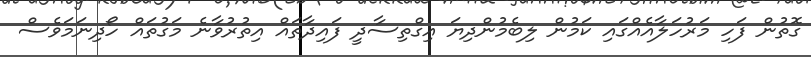
ގޮތުން ފަހި މަރުހަލާއެއްގައި ކަމުން ލިބެމުންދިޔަ އިގްތިސާދީ ފައިދާތައް އިތުރުވާނެ މަގުތައް ހޯދިނަމަވެސް